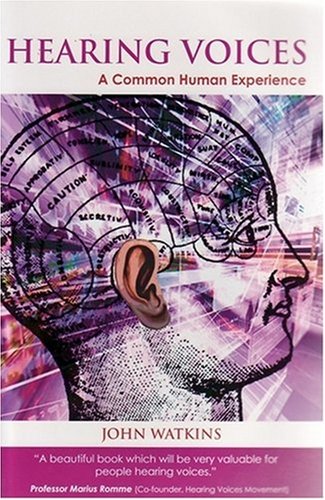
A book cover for Hearing Voices: A Common Human Experience; John Watkins; Medical Books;